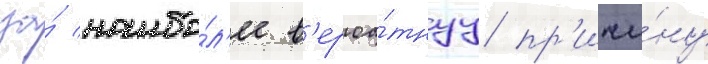
за́ наибо́л'ее в'ероа́тнуу пр'ичи́ну